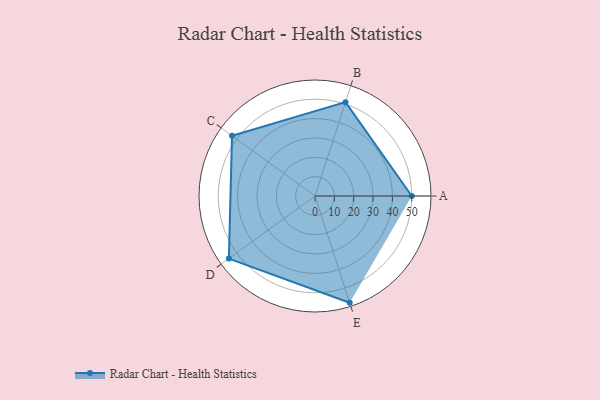
{"axis": {"x": "Skill", "y": "Score"}, "legend": ["Profile"], "data": [{"x": "A", "y": 50.0, "type": "Profile"}, {"x": "B", "y": 51.0, "type": "Profile"}, {"x": "C", "y": 53.0, "type": "Profile"}, {"x": "D", "y": 55.0, "type": "Profile"}, {"x": "E", "y": 58.0, "type": "Profile"}]}